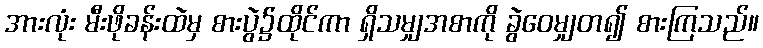
အားလုံး မီးဖိုခန်းထဲမှ စားပွဲ၌ထိုင်ကာ ရှိသမျှအစာကို ခွဲဝေမျှတ၍ စားကြသည်။